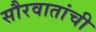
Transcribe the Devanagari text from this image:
सौरवातांची